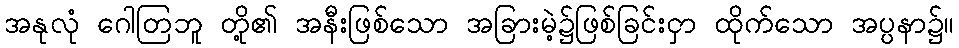
အနုလုံ ဂေါတြဘူ တို့၏ အနီးဖြစ်သော အခြားမဲ့၌ဖြစ်ခြင်းငှာ ထိုက်သော အပ္ပနာ၌။